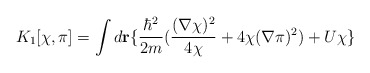
\begin{align*}K_1[\chi, \pi]=\int d{\bf r}\{{\hbar^2\over 2m}({(\nabla\chi)^2\over 4\chi}+4\chi(\nabla\pi)^2)+U\chi\}\end{align*}